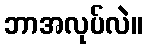
ဘာအလုပ်လဲ။